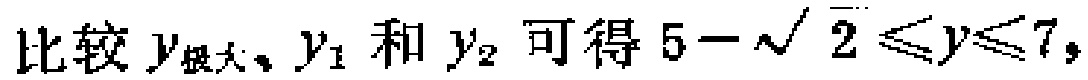
比较$y_{极大}、y_1$ 和 $y_2$ 可得 $5 - \sqrt{2} \leqslant y \leqslant 7$，